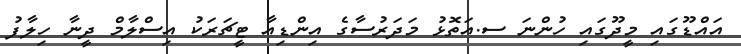
އައްޑޫގައި މީދޫގައި ހުންނަ ސ.އަތޮޅު މަދަރުސާގެ އިންޑިއާ ޓީޗަރަކު އިސްލާމް ދީނާ ހިލާފު